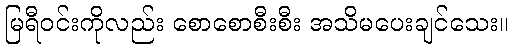
မြရီဝင်းကိုလည်း စောစောစီးစီး အသိမပေးချင်သေး။